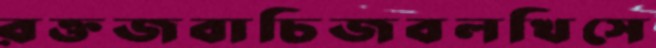
রক্তজবাচিজবলখিসে